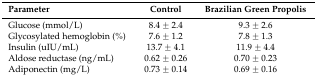
<table><thead><tr><td><b>Parameter</b></td><td><b>Control</b></td><td><b>Brazilian Green Propolis</b></td></tr></thead><tbody><tr><td>Glucose (mmol/L)</td><td>8.4 ± 2.4</td><td>9.3 ± 2.6</td></tr><tr><td>Glycosylated hemoglobin (%)</td><td>7.6 ± 1.2</td><td>7.8 ± 1.3</td></tr><tr><td>Insulin (uIU/mL)</td><td>13.7 ± 4.1</td><td>11.9 ± 4.4</td></tr><tr><td>Aldose reductase (ng/mL)</td><td>0.62 ± 0.26</td><td>0.70 ± 0.23</td></tr><tr><td>Adiponectin (mg/L)</td><td>0.73 ± 0.14</td><td>0.69 ± 0.16</td></tr></tbody></table>